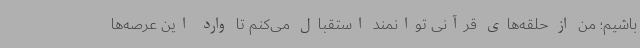
باشیم؛ من از حلقه‌های قرآنی توانمند استقبال می‌کنم تا وارد این عرصه‌ها